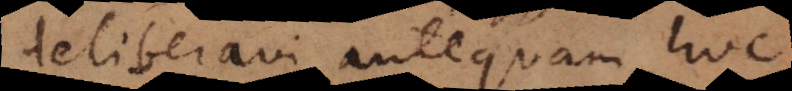
deliberavi antequam hoc